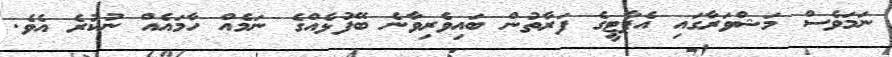
ނަމަވެސް މަޝްވަރާގައި އެޕާޓީގެ ފަރާތުން ބައިވެރިވާނެ ބޭފުޅެއްގެ ނަމެއް ހާމައެއް ނުކުރެ އެވެ.